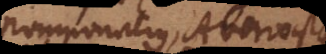
Pomponatius, Averroistae,